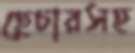
হেচারসহ